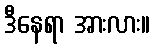
ဒီနေရာ အားလား။